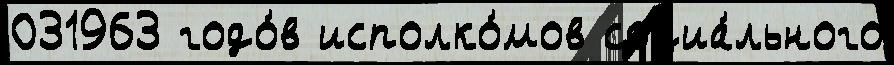
031963 годо́в исполко́мов социа́льного